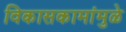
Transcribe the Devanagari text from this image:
विकासकामांमुळे